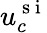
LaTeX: u_{c}^{\mathrm{~s~i~}}